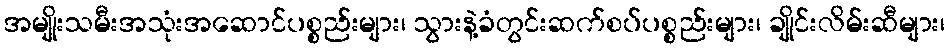
အမျိုးသမီးအသုံးအဆောင်ပစ္စည်းများ၊ သွားနဲ့ခံတွင်းဆက်စပ်ပစ္စည်းများ၊ ချိုင်းလိမ်းဆီများ၊